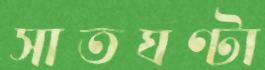
সাতঘণ্টা